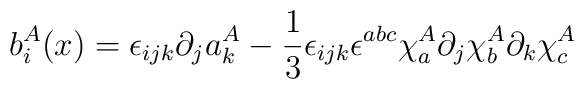
b_{i}^{A}(x)=\epsilon_{ijk}\partial_{j}a_{k}^{A}-\frac{1}{3}\epsilon_{ijk}\epsilon^{abc}\chi_{a}^{A}\partial_{j}\chi_{b}^{A}\partial_{k}\chi_{c}^{A}